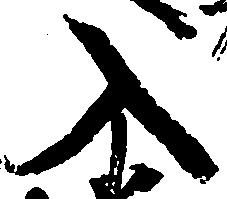
入